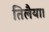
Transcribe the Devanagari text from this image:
तिलैया।